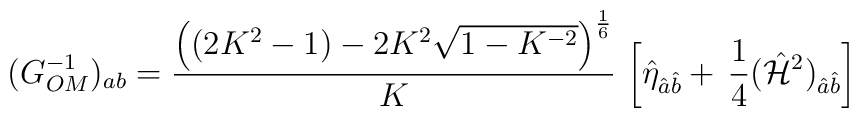
(G^{-1}_{OM})_{ab} = {\left( (2K^2 -1) - 2K^2 \sqrt{1-K^{-2}} \right)^{1\over6} \over K} \, \left[ \hat{\eta}_{\hat{a}\hat{b}} + \, {1\over 4} (\hat{{\cal H}}^2)_{\hat{a}\hat{b}} \right]